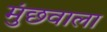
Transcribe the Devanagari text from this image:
मुंछवाला